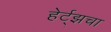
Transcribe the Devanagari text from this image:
हेर्ट्झचा